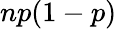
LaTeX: np(1-p)